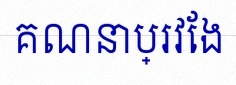
គណនាប្រវែង